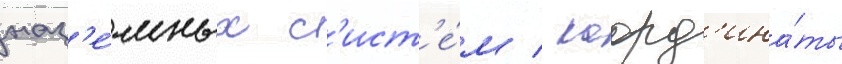
наз'е́мных с'ист'е́м / коорд'ина́ты